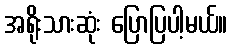
အရိုးသားဆုံး ပြောပြပါ့မယ်။